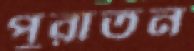
পুরাতন